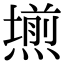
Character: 𭶊